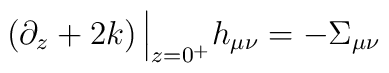
\left( \partial_z+2k \right)\Big\vert_{z=0^+}h_{\mu\nu}=-\Sigma_{\mu\nu}